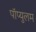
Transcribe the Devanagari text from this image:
पॉप्युलम